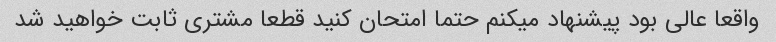
واقعا عالی بود پیشنهاد میکنم حتما امتحان کنید قطعا مشتری ثابت خواهید شد